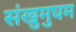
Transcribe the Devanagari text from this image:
संखुमुघम